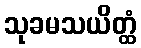
သုခမသယိတ္ထံ